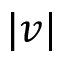
| v |